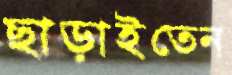
ছাড়াইতেন